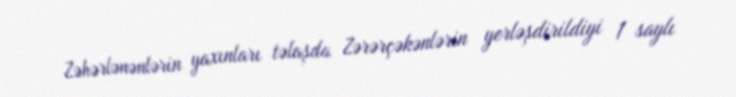
Zəhərlənənlərin yaxınları təlaşda Zərərçəkənlərin yerləşdirildiyi 1 saylı